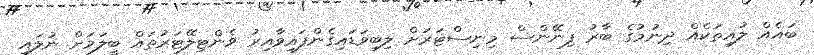
ބައެއް ލުއިތަކެއް ދިނުމުގެ ބާރު ފިނޭންސް މިނިސްޓަރަށް ލިބިވަޑައިގެންފައިވާއިރު ވެންޓިލޭޓަރުތައް ބީލަމަށް ނުލައި